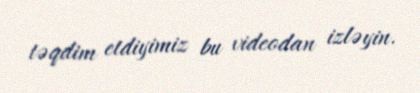
təqdim etdiyimiz bu videodan izləyin.